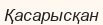
Қасарысқан